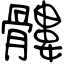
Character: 髏